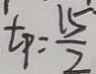
t _ { p } = \frac { 1 5 } { 2 }